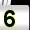
Digit: 5